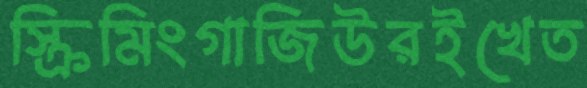
স্ক্রিমিংগাজিউরইখেত